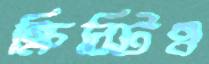
ক্রিস্টিও